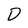
Character: D